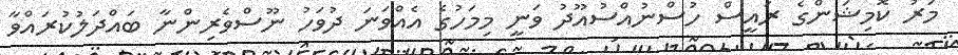
މަރު ކޮމިޝަންގެ ރައީސް ހުސްނުއްސުއޫދު ވަނީ މިމަހުގެ އެއްވަނަ ދުވަހު ނޫސްވެރިންނާ ބައްދަލުކުރައްވާ